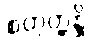
စတုတ္ထန္တိ